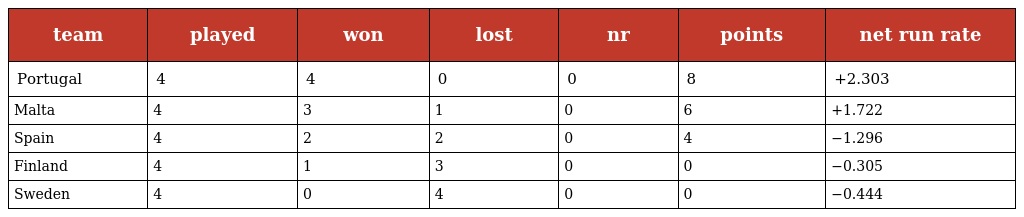
| team | played | won | lost | nr | points | net run rate |
 | --- | --- | --- | --- | --- | --- | --- |
 | Portugal | 4 | 4 | 0 | 0 | 8 | +2.303 |
 | Malta | 4 | 3 | 1 | 0 | 6 | +1.722 |
 | Spain | 4 | 2 | 2 | 0 | 4 | −1.296 |
 | Finland | 4 | 1 | 3 | 0 | 0 | −0.305 |
 | Sweden | 4 | 0 | 4 | 0 | 0 | −0.444 |